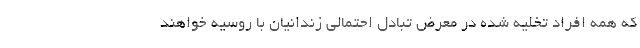
که همه افراد تخلیه شده در معرض تبادل احتمالی زندانیان با روسیه خواهند